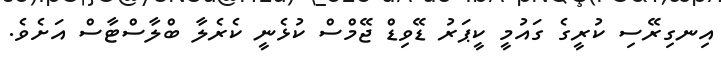
އިނގިރޭސި ކުރީގެ ގައުމީ ކީޕަރު ޑޭވިޑް ޖޭމްސް ކުޅެނީ ކެރެލާ ބްލާސްޓާސް އަށެވެ.